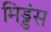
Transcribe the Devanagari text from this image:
मिड्डंस